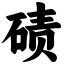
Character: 碛